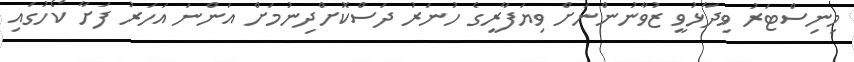
މިނިސްޓަރު ވިދާޅުވީ ޒުވާނުންނަށް ވިޔަފާރީގެ ހުނަރު ދަސްކޮށްދިނުމަށް އަންނަ އަހަރު ފަށާ ކޯހުގައި